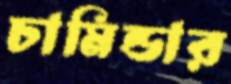
চামিন্ডার